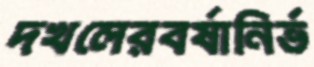
দখলেরবর্ষানির্ভ